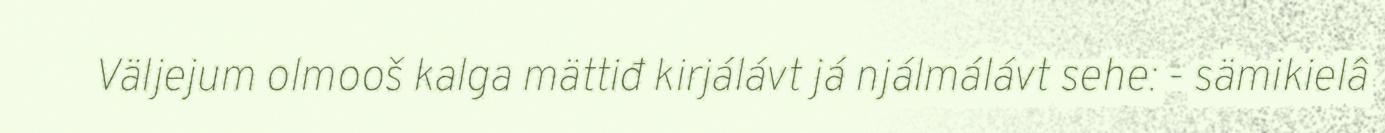
Väljejum olmooš kalga mättiđ kirjálávt já njálmálávt sehe: - sämikielâ